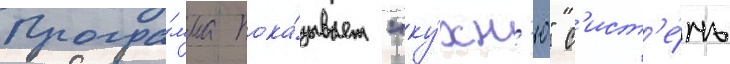
Програ́мма пока́зывает "ку́хн'ю" с'ист'е́мы